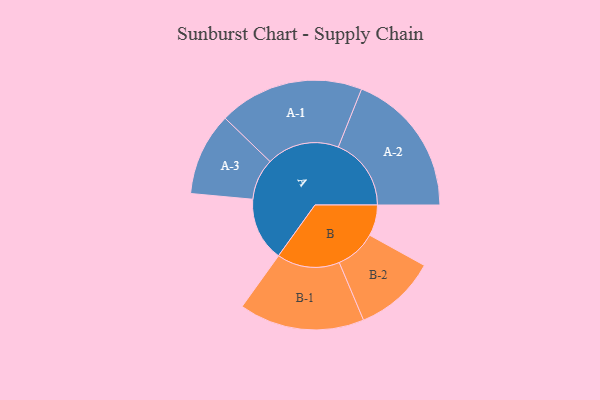
{"axis": {"x": "Segment", "y": "Value"}, "legend": ["", "A", "B"], "data": [{"x": "A", "y": 237, "type": ""}, {"x": "B", "y": 115, "type": ""}, {"x": "A-1", "y": 270, "type": "A"}, {"x": "A-2", "y": 271, "type": "A"}, {"x": "A-3", "y": 154, "type": "A"}, {"x": "B-1", "y": 233, "type": "B"}, {"x": "B-2", "y": 152, "type": "B"}]}